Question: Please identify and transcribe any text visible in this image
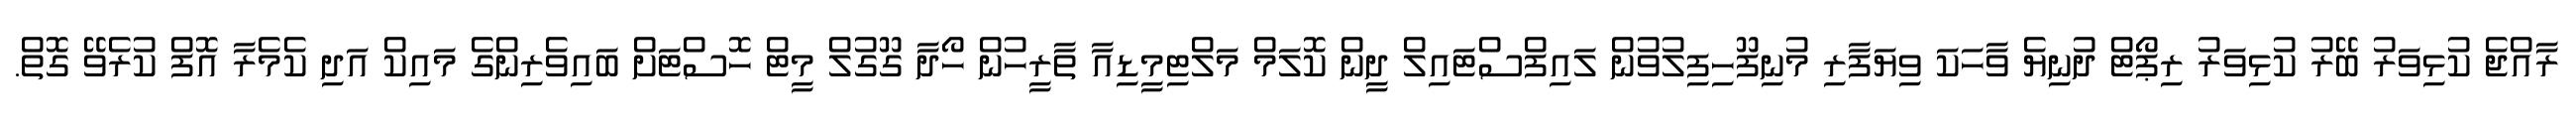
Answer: ރާއްޖެ ކުޅިވަރު ބޭރު ކުޅިވަރު ރިޕޯޓް ދުނިޔެ ވާހަކަ ވިޔަފާރި މުނިފޫހިފިލުވުން ލައިފްސްޓައިލް ދީން ކޮލަމް މަލްޓިމީޑިއާ ތާރީހުން ހޯދާ ގޫގުލް މީޓް ހޮސްޓަށް ބައިވެރިންގެ މައިކް އަދި ކެމެރާ އޮފް ކުރެވޭ ގޮތް.